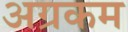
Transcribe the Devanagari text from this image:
अग्रकम